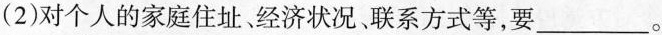
(2)对个人的家庭住址。经济状况、联系方式等，要___。